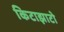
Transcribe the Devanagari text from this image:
किटाझाटो